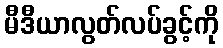
မီဒီယာလွတ်လပ်ခွင့်ကို